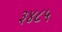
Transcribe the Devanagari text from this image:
३४८५